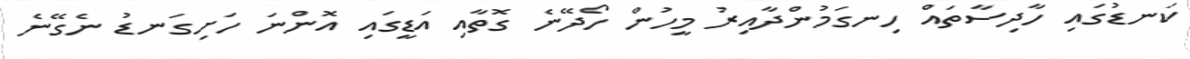
ކަނޑުގައި ހާދިސާތައް ހިނގަމުންދާއިރު މީހުން ހޯދޭނެ ގޮތާއި އަޑީގައި އޮންނަ ހަށިގަނޑު ނެގޭނެ